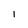
Character: 1